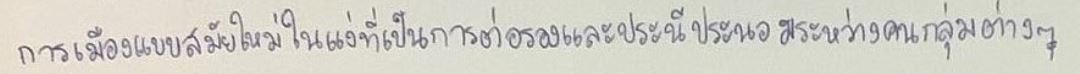
การเมืองแบบหลังสมัยใหม่ในแง่ที่เป็นการต่อรองและประนีประนอมระหว่างคนกลุ่มต่างๆ